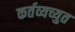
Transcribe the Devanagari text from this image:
कर्तव्यच्युत